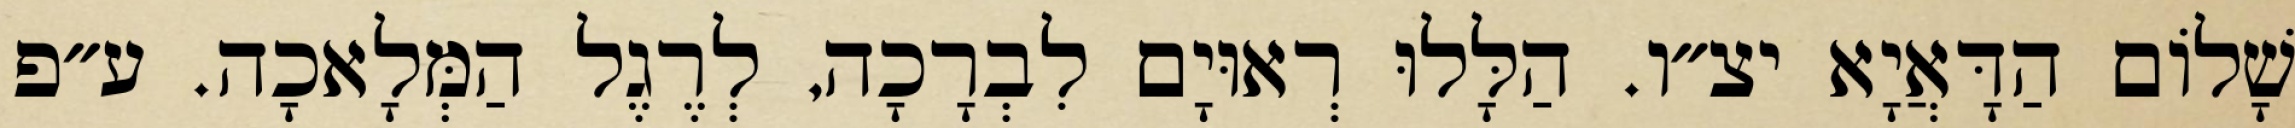
שָׁלוֹם הַדָּאֲיָא יצ״ו. הַלָּלוּ רְאוּיָם לִבְרָכָה, לְרֶגֶל הַמְּלָאכָה. ע״פ